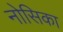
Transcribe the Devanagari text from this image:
नोसिका